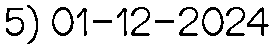
5) 01-12-2024